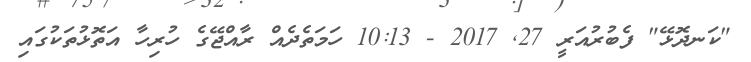
"ކަނދޮޅޭ" ފެބުރުއަރީ 27